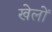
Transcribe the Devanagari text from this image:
खेलोें